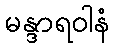
မန္ဒာရဝါနံ